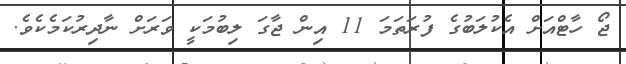
ޖޯ ހާޓްއަށް އެކުލަބުގެ ފުރަތަމަ 11 އިން ޖާގަ ލިބުމަކީ ވަރަށް ނާދިރުކަމެކެވެ.